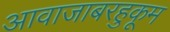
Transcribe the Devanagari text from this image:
आवाजाबरहुकूम